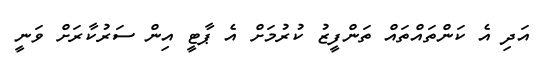
އަދި އެ ކަންތައްތައް ތަންފީޒު ކުރުމަށް އެ ޕާޓީ އިން ސަރުކާރަށް ވަނީ